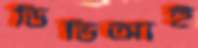
ডিভিআই